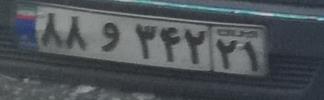
۸۸و۳۴۲۲۱